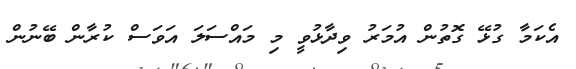
އެކަމާ ގުޅޭ ގޮތުން އުމަރު ވިދާޅުވީ މި މައްސަލަ އަވަސް ކުރާން ބޭނުން